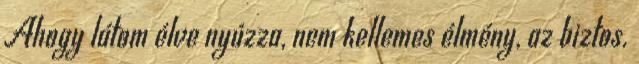
Ahogy látom élve nyúzza, nem kellemes élmény, az biztos.